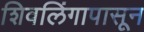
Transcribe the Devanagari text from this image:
शिवलिंगापासून